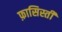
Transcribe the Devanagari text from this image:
फ़ासिस्ती